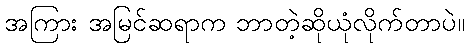
အကြား အမြင်ဆရာက ဘာတဲ့ဆိုယုံလိုက်တာပဲ။